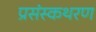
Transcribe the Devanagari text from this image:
प्रसंस्कथरण